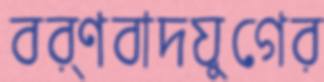
বর্ণবাদযুগের